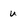
Character: u